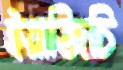
ইয়াজিচি